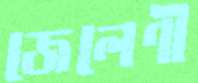
জেলেণী